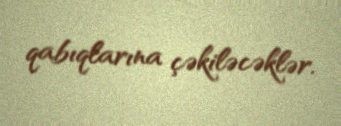
qabıqlarına çəkiləcəklər.